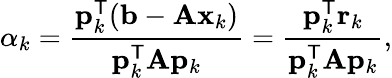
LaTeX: \alpha_{k}={\frac{\mathbf{p}_{k}^{\mathsf{T}}(\mathbf{b}-\mathbf{Ax}_{k})}{\mathbf{p}_{k}^{\mathsf{T}}\mathbf{A}\mathbf{p}_{k}}}={\frac{\mathbf{p}_{k}^{\mathsf{T}}\mathbf{r}_{k}}{\mathbf{p}_{k}^{\mathsf{T}}\mathbf{A}\mathbf{p}_{k}}},